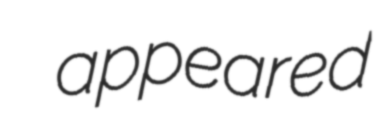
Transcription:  appeared